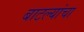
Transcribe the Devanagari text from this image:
बाटल्यांचा